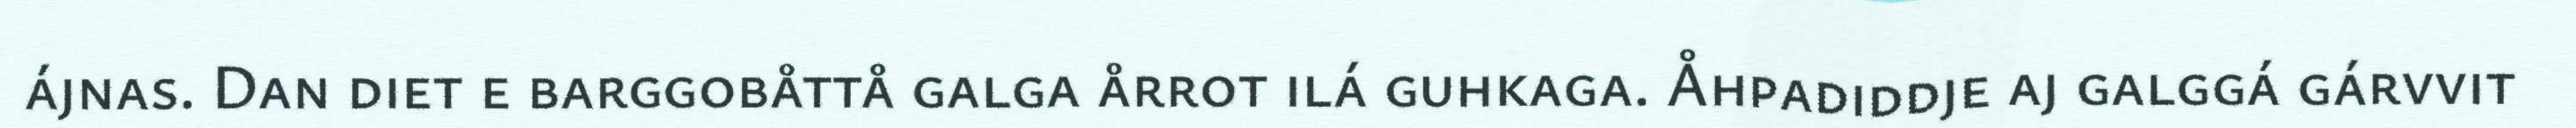
ájnas. Dan diet e barggobåttå galga årrot ilá guhkaga. Åhpadiddje aj galggá gárvvit